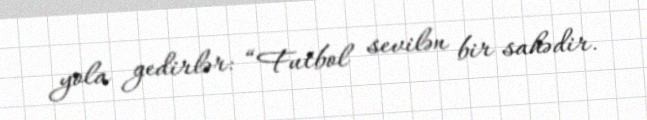
yola gedirlər: “Futbol sevilən bir sahədir.